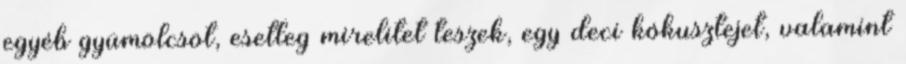
egyéb gyümölcsöt, esetleg mirelitet teszek, egy deci kókusztejet, valamint